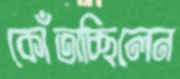
কোঁতাচ্ছিলেন